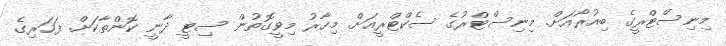
މިނިސްޓްރީގެ ބިއުރޯއަށް. މިނިސްޓްރުގެ ސެކްޓްރީއަށް. މިހާރު މިވީގޮތުން ސިޓީ ދާނީ ކޮންތާކަށް. ފަހަރިގެ